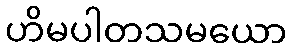
ဟိမပါတသမယော